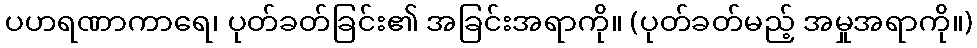
ပဟရဏာကာရေ၊ ပုတ်ခတ်ခြင်း၏ အခြင်းအရာကို။ (ပုတ်ခတ်မည့် အမှုအရာကို။)